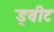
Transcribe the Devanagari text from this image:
ड्वीट